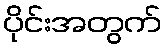
ပိုင်းအတွက်